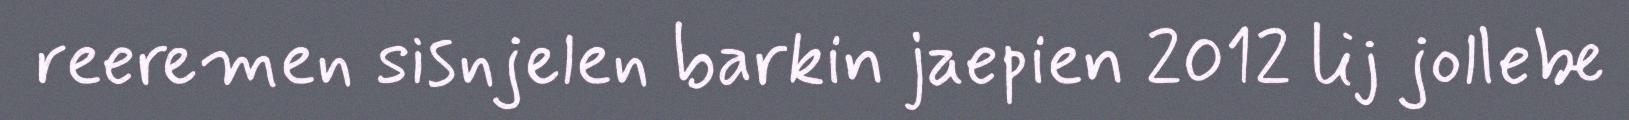
reeremen sisnjelen barkin jaepien 2012 lij jollebe